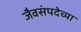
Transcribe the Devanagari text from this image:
जैवसंपदेच्या